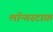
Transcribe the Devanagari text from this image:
लॉन्गस्टाफ़